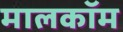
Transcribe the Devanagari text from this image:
मालकॉम